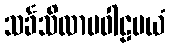
သင်္ခသိလာပဝါဠမယံ